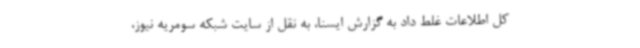
کل اطلاعات غلط داد به گزارش ایسنا، به نقل از سایت شبکه سومریه نیوز،